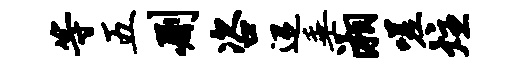
等五删咨迢垂湘嗟炷